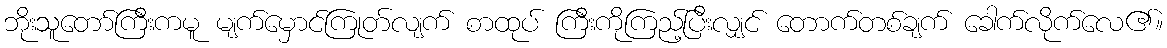
ဘိုးသူတော်ကြီးကမူ မျက်မှောင်ကြုတ်လျက် စာထုပ် ကြီးကိုကြည့်ပြီးလျှင် တောက်တစ်ချက် ခေါက်လိုက်လေ၏။